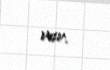
var.